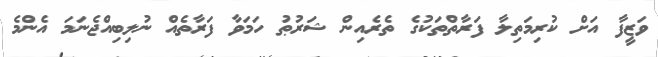
ވަޒީފާ އަށް ކުރިމަތިލާ ފަރާތްތަކުގެ ތެރެއިން ޝަރުޠު ހަމަވާ ފަރާތެއް ނުލިބިއްޖެނަމަ އެންމެ